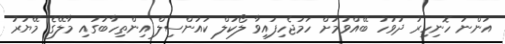
އަންނަ ހޮނިހިރު ދުވަހު ބޭއްވުމަށް ހަމަޖެހިފައިވާ ލޯކަލް ކައުންސިލް އިންތިހާބުގައި މާލޭގެ މޭޔަރު